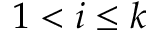
1 < i \leq k